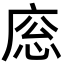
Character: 𢈳